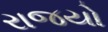
રાજયો